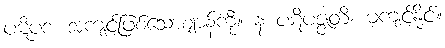
ပဋိပဒံ၊ အကျင့်ဖြစ်သောဈာန်ကို။ န ပဋိပဇ္ဇတိ၊ မကျင့်နိုင်။